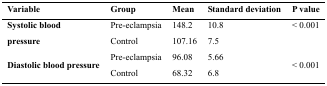
<table><thead><tr><td><b>Variable</b></td><td><b>Group</b></td><td><b>Mean</b></td><td><b>Standard deviation</b></td><td><b>P value</b></td></tr></thead><tbody><tr><td><b>Systolic blood</b></td><td>Pre-eclampsia</td><td>148.2</td><td>10.8</td><td>&lt; 0.001</td></tr><tr><td><b>pressure</b></td><td>Control</td><td>107.16</td><td>7.5</td><td></td></tr><tr><td rowspan="2"><b>Diastolic blood pressure</b></td><td>Pre-eclampsia</td><td>96.08</td><td>5.66</td><td rowspan="2">&lt; 0.001</td></tr><tr><td>Control</td><td>68.32</td><td>6.8</td></tr></tbody></table>